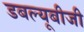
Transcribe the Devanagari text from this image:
डबल्यूबीजी